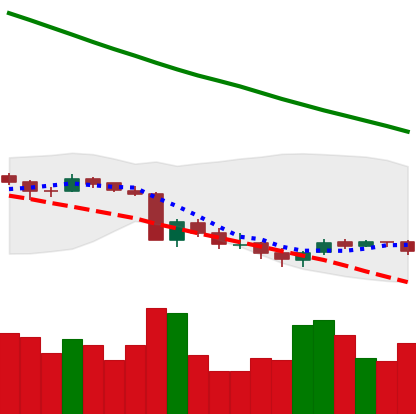
Ticker: XRP-USD
Chart end date: 2018-09-17
Forward return: 109.659%
Label: up_7plus